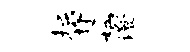
掘趁柄澄